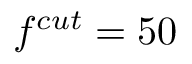
f ^ { c u t } = 5 0